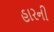
હારની